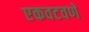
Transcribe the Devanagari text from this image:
एकवटवणे